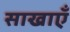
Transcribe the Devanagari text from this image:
साखाएँ